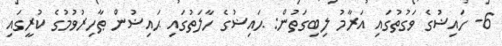
6- ހައިޟުގެ ވަގުތުގައި އަރާމު ލިބިގަތުން: ޙައިޟުގެ ހާލަތުގައި ޙައިޟުން ޠާހިރުވުމުގެ ކުރީގައި